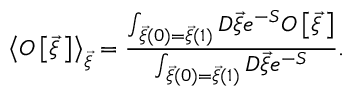
\left< { \cal O } \left[ \vec { \xi } { \, } \right] \right> _ { \vec { \xi } } = \frac { \int _ { \vec { \xi } ( 0 ) = \vec { \xi } ( 1 ) } ^ { } { \cal D } \vec { \xi } e ^ { - S } { \cal O } \left[ \vec { \xi } { \, } \right] } { \int _ { \vec { \xi } ( 0 ) = \vec { \xi } ( 1 ) } ^ { } { \cal D } \vec { \xi } e ^ { - S } } .